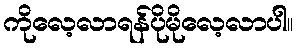
ကိုလေ့လာရန်ပိုမိုလေ့လာပါ။